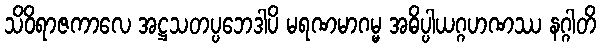
သိဝိရာဇကာလေ အဋ္ဌသတပ္ပဘေဒါပိ မရဏမာဂမ္မ အဓိပ္ပါယဂ္ဂဟဏဿ နဂ္ဂါတိ